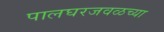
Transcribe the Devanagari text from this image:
पालघरजवळच्या